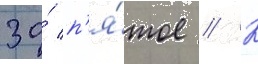
за́ п'я́тое // К